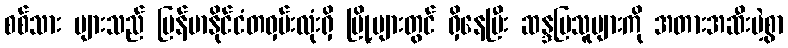
စစ်သား များသည် မြန်မာနိုင်ငံတဝှမ်းလုံးရှိ မြို့များတွင် ရှိနေပြီး ဆန္ဒပြသူများကို အတားအဆီးမဲ့စွာ